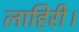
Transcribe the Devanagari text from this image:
लाहिरी।